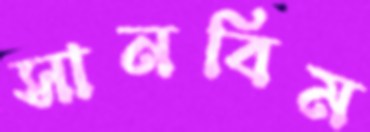
সানবিম